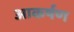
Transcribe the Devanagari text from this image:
आकर्षण्‍ा